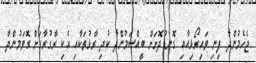
ޖެހެމުންދާ ފިނި ވައިރޯޅިއާއި ގޮނޑުދޮށަށް ބީއްސަމުންދާ ކުދި ރާޅުތަކާއި އެކި ރާގުރާގަށް ގޮވަމުންދާ